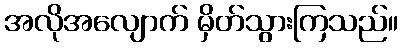
အလိုအလျောက် မှိတ်သွားကြသည်။